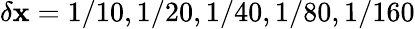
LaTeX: \delta\mathbf{x}=1/10,1/20,1/40,1/80,1/160